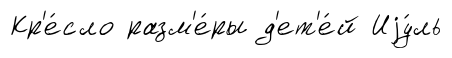
Кр'е́сло разм'е́ры д'ет'е́й Иjу́ль